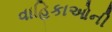
વાહિકાઓની